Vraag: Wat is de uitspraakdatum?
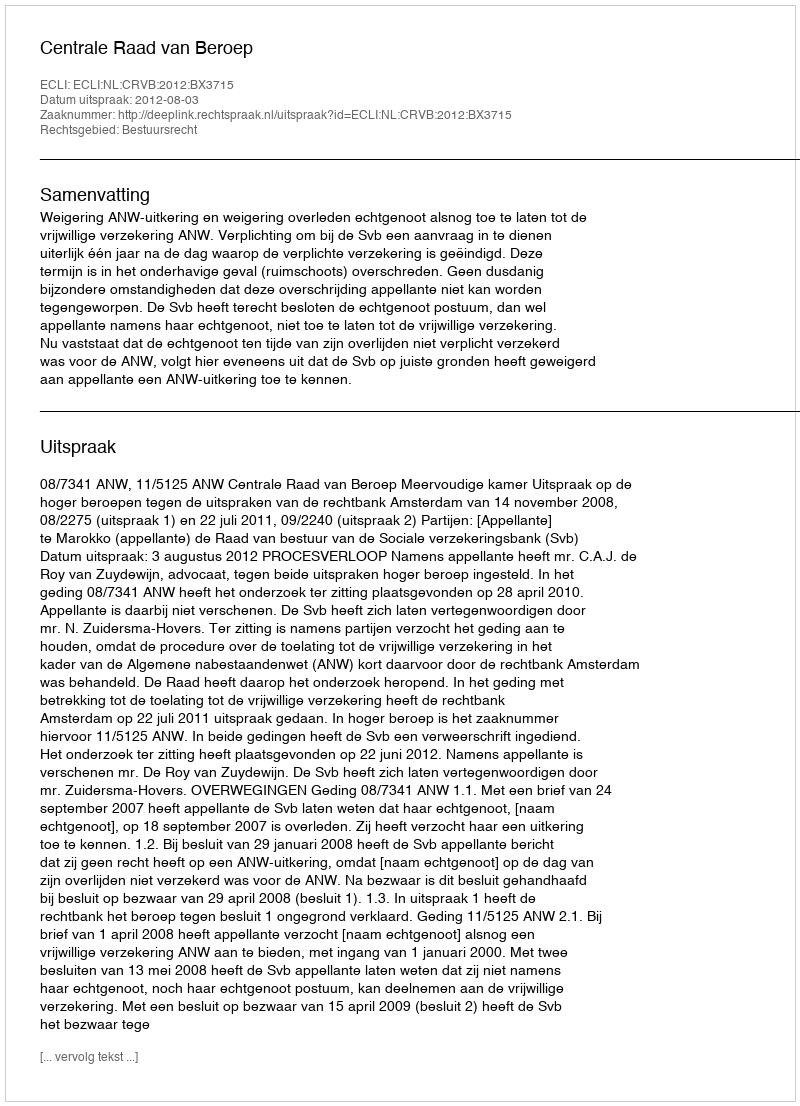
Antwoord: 2012-08-03